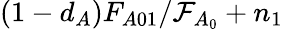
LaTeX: (1-d_{A})F_{A01}/\mathcal{F}_{A_{0}}+n_{1}